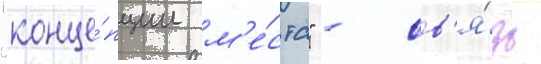
"конце́пции м'е́ста" - св'я́зь